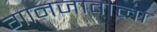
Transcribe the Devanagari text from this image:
गानजावाला